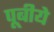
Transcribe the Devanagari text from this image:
पूबीये